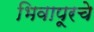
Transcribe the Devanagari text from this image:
भिवापूरचे